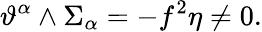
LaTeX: \vartheta^{\alpha}\wedge\Sigma_{\alpha}=-f^{2}\eta\neq 0.